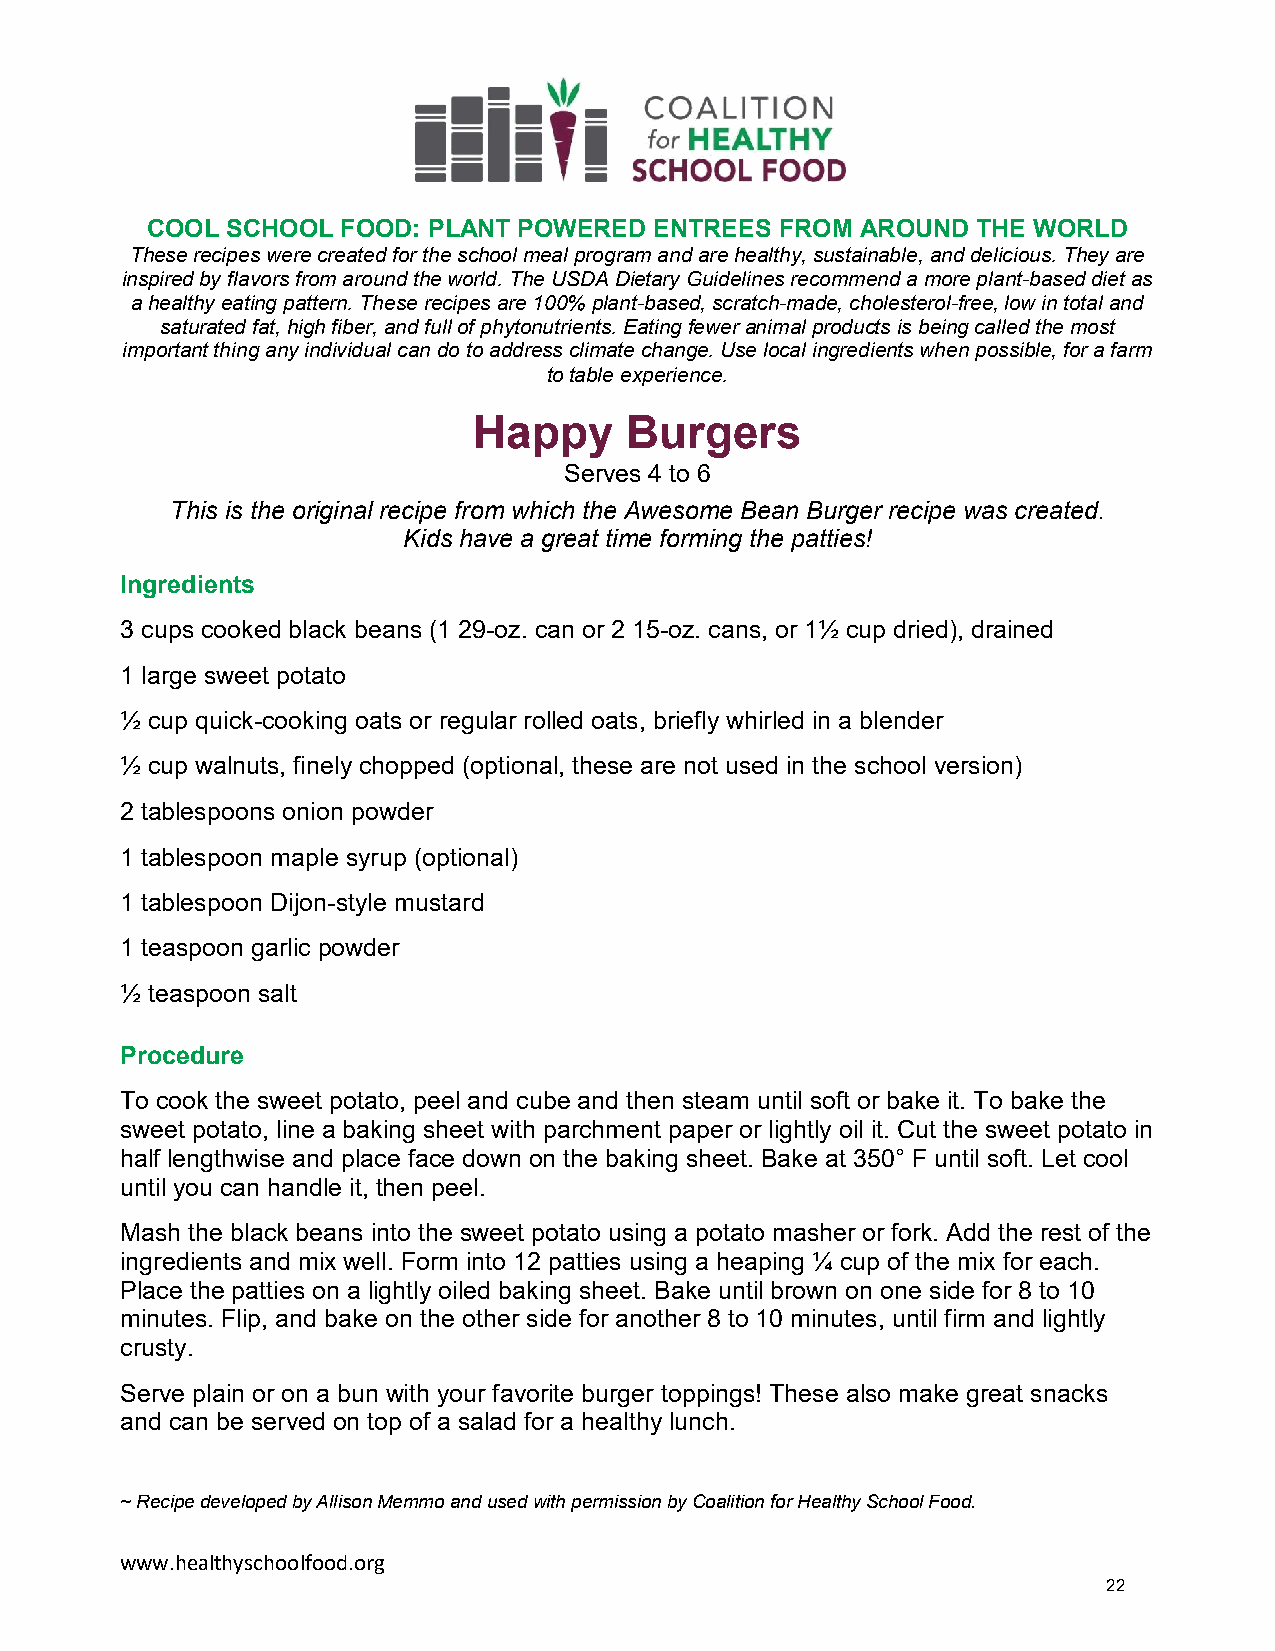
COOL SCHOOL  FOOD: PLANT POWERED ENTREES  FROM AROUND  THE WORLD
 These recipes were created for the school meal program and are healthy, sustainable, and delicious. They are
 inspired by flavors from around the world. The USDA Dietary Guidelines recommend a more plant-based diet as
 a healthy eating pattern. These recipes are 100% plant-based, scratch-made, cholesterol-free, low in total and
 saturated fat, high fiber, and full of phytonutrients. Eating fewer animal products is being called the most
 important thing any individual can do to address climate change. Use local ingredients when possible, for a farm
 to table experience.
 Happy     Burgers
 Serves 4 to 6
 This is the original recipe from which the Awesome Bean Burger recipe was created.
 Kids have a great time forming the patties!
 Ingredients
 3 cups cooked black beans (1 29-oz. can or 2 15-oz. cans, or 1½ cup dried), drained
 1 large sweet potato
 ½ cup quick-cooking oats or regular rolled oats, briefly whirled in a blender
 ½ cup walnuts, finely chopped (optional, these are not used in the school version)
 2 tablespoons onion powder
 1 tablespoon maple syrup (optional)
 1 tablespoon Dijon-style mustard
 1 teaspoon garlic powder
 ½ teaspoon salt
 Procedure
 To cook the sweet potato, peel and cube and then steam until soft or bake it. To bake the
 sweet potato, line a baking sheet with parchment paper or lightly oil it. Cut the sweet potato in
 half lengthwise and place face down on the baking sheet. Bake at 350° F until soft. Let cool
 until you can handle it, then peel.
 Mash the black beans into the sweet potato using a potato masher or fork. Add the rest of the
 ingredients and mix well. Form into 12 patties using a heaping ¼ cup of the mix for each.
 Place the patties on a lightly oiled baking sheet. Bake until brown on one side for 8 to 10
 minutes. Flip, and bake on the other side for another 8 to 10 minutes, until firm and lightly
 crusty.
 Serve plain or on a bun with your favorite burger toppings! These also make great snacks
 and can be served on top of a salad for a healthy lunch.
 ~ Recipe developed by Allison Memmo and used with permission by Coalition for Healthy School Food.
 www.healthyschoolfood.org
 22